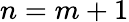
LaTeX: n=m+1